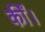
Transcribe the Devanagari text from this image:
कींं।